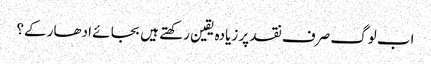
اب لوگ صرف نقد پر زیادہ یقین رکھتے ہیں بجا ئے ادھار کے؟